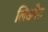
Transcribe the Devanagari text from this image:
लिडगेट